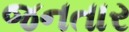
જનતાર